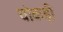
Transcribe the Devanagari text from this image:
चोकड़ी